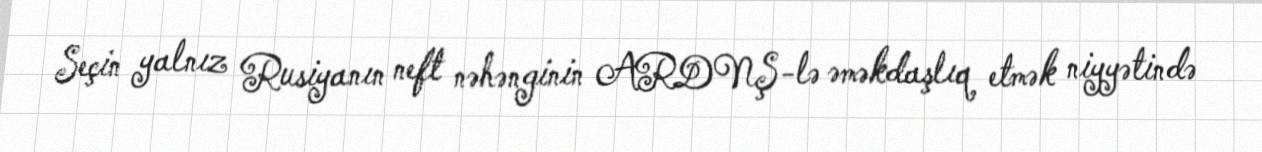
Seçin yalnız Rusiyanın neft nəhənginin ARDNŞ-lə əməkdaşlıq etmək niyyətində